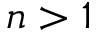
n > 1